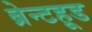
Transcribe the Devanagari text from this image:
ब्रेन्टहूड